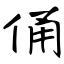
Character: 俑